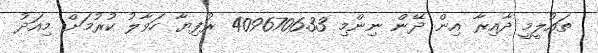
ތައުލީމީ ދާއިރާ އިން ދޭން ނިންމި 4096706.33 ރުފިޔާ ހަވާލު ކުރުމަށް މިއަދު